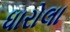
ધારોલા